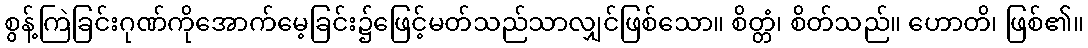
စွန့်ကြဲခြင်းဂုဏ်ကိုအောက်မေ့ခြင်း၌ဖြေင့်မတ်သည်သာလျှင်ဖြစ်သော။ စိတ္တံ၊ စိတ်သည်။ ဟောတိ၊ ဖြစ်၏။